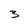
Character: 3